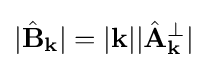
|{\hat {\mathbf {B} }}_{\mathbf {k} }|=|{\mathbf {k} }||{\hat {\mathbf {A} }}_{\mathbf {k} }^{\perp }|